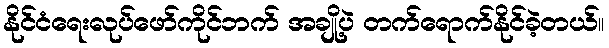
နိုင်ငံရေးလုပ်ဖော်ကိုင်ဘက် အချို့ပဲ တက်ရောက်နိုင်ခဲ့တယ်။